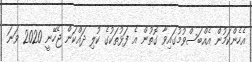
އެހެންކަމުން އެއްބަސްވުމުގައިވާ ގޮތުން އެ ފަޅުތަކުގެ ކުލި ދައްކަން ޖެހޭނީ 2020 ވަނަ